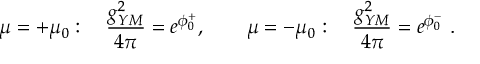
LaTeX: \mu = + \mu _ { 0 } : \quad { \frac { g _ { Y M } ^ { 2 } } { 4 \pi } } = e ^ { \phi _ { 0 } ^ { + } } , \quad \quad \mu = - \mu _ { 0 } : \quad { \frac { g _ { Y M } ^ { 2 } } { 4 \pi } } = e ^ { \phi _ { 0 } ^ { - } } \ .